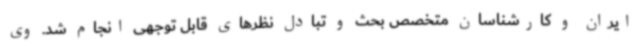
ایران و کارشناسان متخصص بحث و تبادل نظرهای قابل توجهی انجام شد. وی